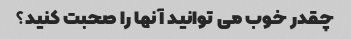
چقدر خوب می توانید آنها را صحبت کنید؟